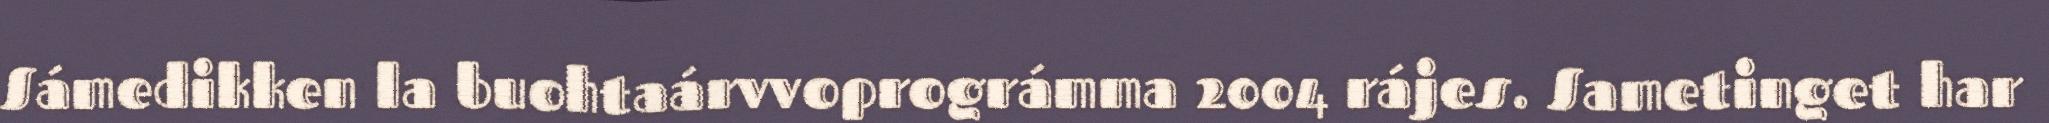
Sámedikken la buohtaárvvoprográmma 2004 rájes. Sametinget har